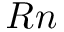
R n